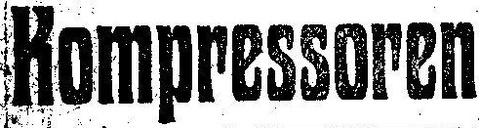
Kompressoren